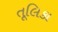
તૂલિકા